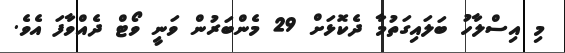
މި އިސްލާހު ބަލައިގަތުމާ ދެކޮޅަށް 29 މެންބަރުން ވަނީ ވޯޓް ދެއްވާފަ އެވެ.